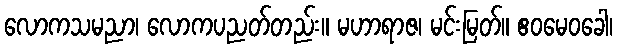
လောကသမညာ၊ လောကပညတ်တည်း။ မဟာရာဇ၊ မင်းမြတ်။ ဧဝမေဝခေါ၊